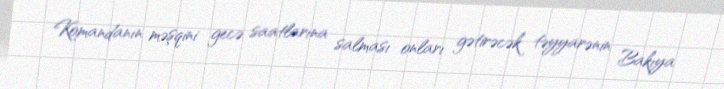
Komandanın məşqini gecə saatlarına salması onları gətirəcək təyyarənin Bakıya